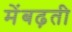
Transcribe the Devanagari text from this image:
मेंबढ़ती